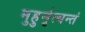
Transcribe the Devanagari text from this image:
मुहुर्नृत्यन्तं